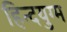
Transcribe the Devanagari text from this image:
हिन्दयुग्म